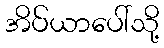
အိပ်ယာပေါ်သို့